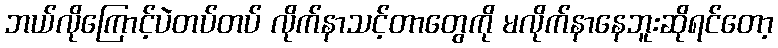
ဘယ်လိုကြောင့်ပဲတပ်တပ် လိုက်နာသင့်တာတွေကို မလိုက်နာနေဘူးဆိုရင်တော့